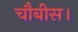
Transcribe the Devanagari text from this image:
चौबीस।